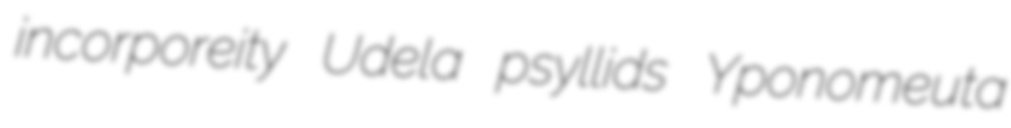
incorporeity Udela psyllids Yponomeuta